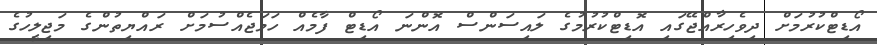
އޯޑިޓްކުރުމަށް ދިވެހިރާއްޖޭގައި އޮޑިޓްކުރުމުގެ ލައިސަންސް އޮންނަ އޯޑިޓް ފާމެއް ހަމަޖެއްސުމަށް ރައްޔިތުންގެ މަޖިލީހުގެ